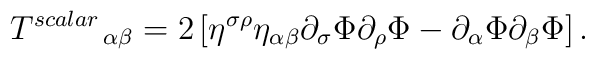
\left. T^{scalar}\right. _{\alpha \beta }=2\left[ \eta ^{\sigma \rho}\eta _{\alpha \beta }\partial _{\sigma }\Phi \partial _{\rho }\Phi-\partial _{\alpha }\Phi \partial _{\beta }\Phi \right] .